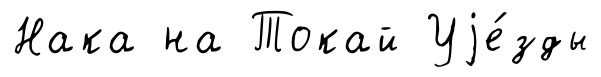
Нака на Токай Уjе́зды